画像に写った文字を読んでください
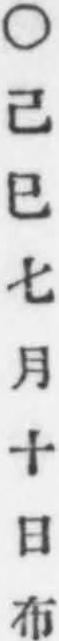
「○己巳七月十日布」と書いてあります